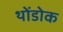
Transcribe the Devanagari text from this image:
थोंडोक